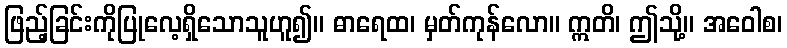
ဖြည့်ခြင်းကိုပြုလေ့ရှိသောသူဟူ၍။ ဓာရေထ၊ မှတ်ကုန်လော။ ဣတိ၊ ဤသို့။ အဝေါစ၊